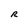
Character: R